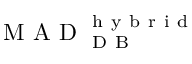
\mathrm { ~ M ~ A ~ D ~ } _ { \mathrm { ~ D ~ B ~ } } ^ { \mathrm { ~ h ~ y ~ b ~ r ~ i ~ d ~ } }